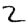
Digit: 2